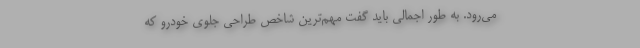
می‌رود. به طور اجمالی باید گفت مهم‌ترین شاخص طراحی جلوی خودرو که